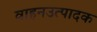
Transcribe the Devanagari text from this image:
वाहनउत्पादक